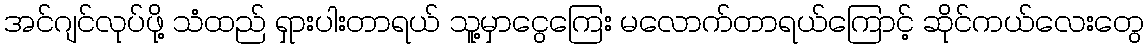
အင်ဂျင်လုပ်ဖို့ သံထည် ရှားပါးတာရယ် သူ့မှာငွေကြေး မလောက်တာရယ်ကြောင့် ဆိုင်ကယ်လေးတွေ